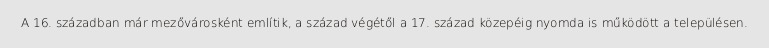
A 16. században már mezővárosként említik, a század végétől a 17. század közepéig nyomda is működött a településen.